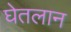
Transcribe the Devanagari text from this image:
घेतलान